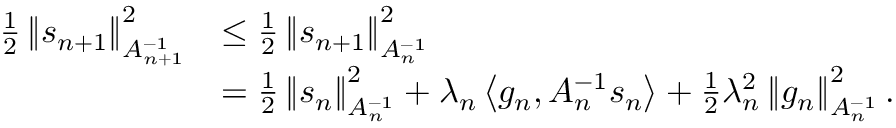
\begin{array} { r l } { \frac { 1 } { 2 } \left\Vert s _ { n + 1 } \right\Vert _ { A _ { n + 1 } ^ { - 1 } } ^ { 2 } } & { \leq \frac { 1 } { 2 } \left\Vert s _ { n + 1 } \right\Vert _ { A _ { n } ^ { - 1 } } ^ { 2 } } \\ & { = \frac { 1 } { 2 } \left\Vert s _ { n } \right\Vert _ { A _ { n } ^ { - 1 } } ^ { 2 } + \lambda _ { n } \left\langle g _ { n } , A _ { n } ^ { - 1 } s _ { n } \right\rangle + \frac { 1 } { 2 } \lambda _ { n } ^ { 2 } \left\Vert g _ { n } \right\Vert _ { A _ { n } ^ { - 1 } } ^ { 2 } . } \end{array}